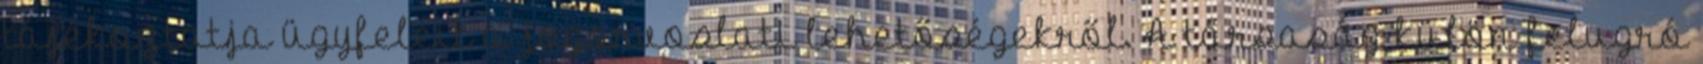
tájékoztatja ügyfeleit a jogorvoslati lehetőségekről. A társaság külön felugró